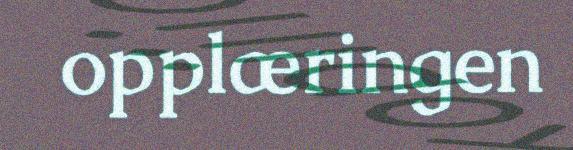
opplæringen